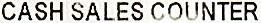
CASH SALES COUNTER